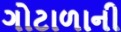
ગોટાળાની